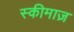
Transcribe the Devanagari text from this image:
स्कीमाज़